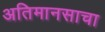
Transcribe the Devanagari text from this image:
अतिमानसाचा